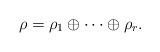
LaTeX: \begin{align*}\rho=\rho_1\oplus\dots\oplus\rho_r.\end{align*}